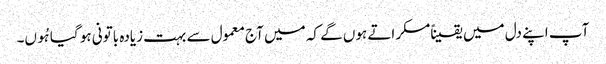
آپ اپنے دل میں یقیناًمسکراتے ہوں گے کہ میں آج معمول سے بہت زیادہ باتونی ہو گیا ہُوں۔